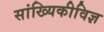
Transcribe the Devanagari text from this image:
सांख्यिकीविज्ञ